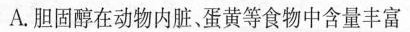
A.胆固醇在动物内脏、蛋黄等食物中含量丰富